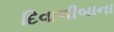
દિવાળીબાના